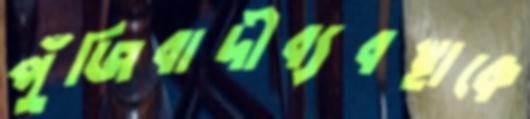
পুঁজিবাদীব্যবস্থাকে